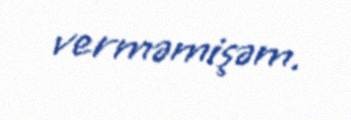
verməmişəm.